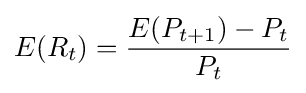
E(R_{t})={\frac {E(P_{t+1})-P_{t}}{P_{t}}}